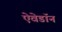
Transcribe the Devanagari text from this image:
ऐवेडॉन